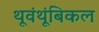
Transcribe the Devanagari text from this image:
थूवंथूंबिकल